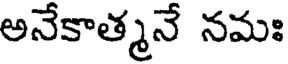
అనేకాత్మనే నమః